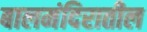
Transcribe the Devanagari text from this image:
बालमंदिरातील